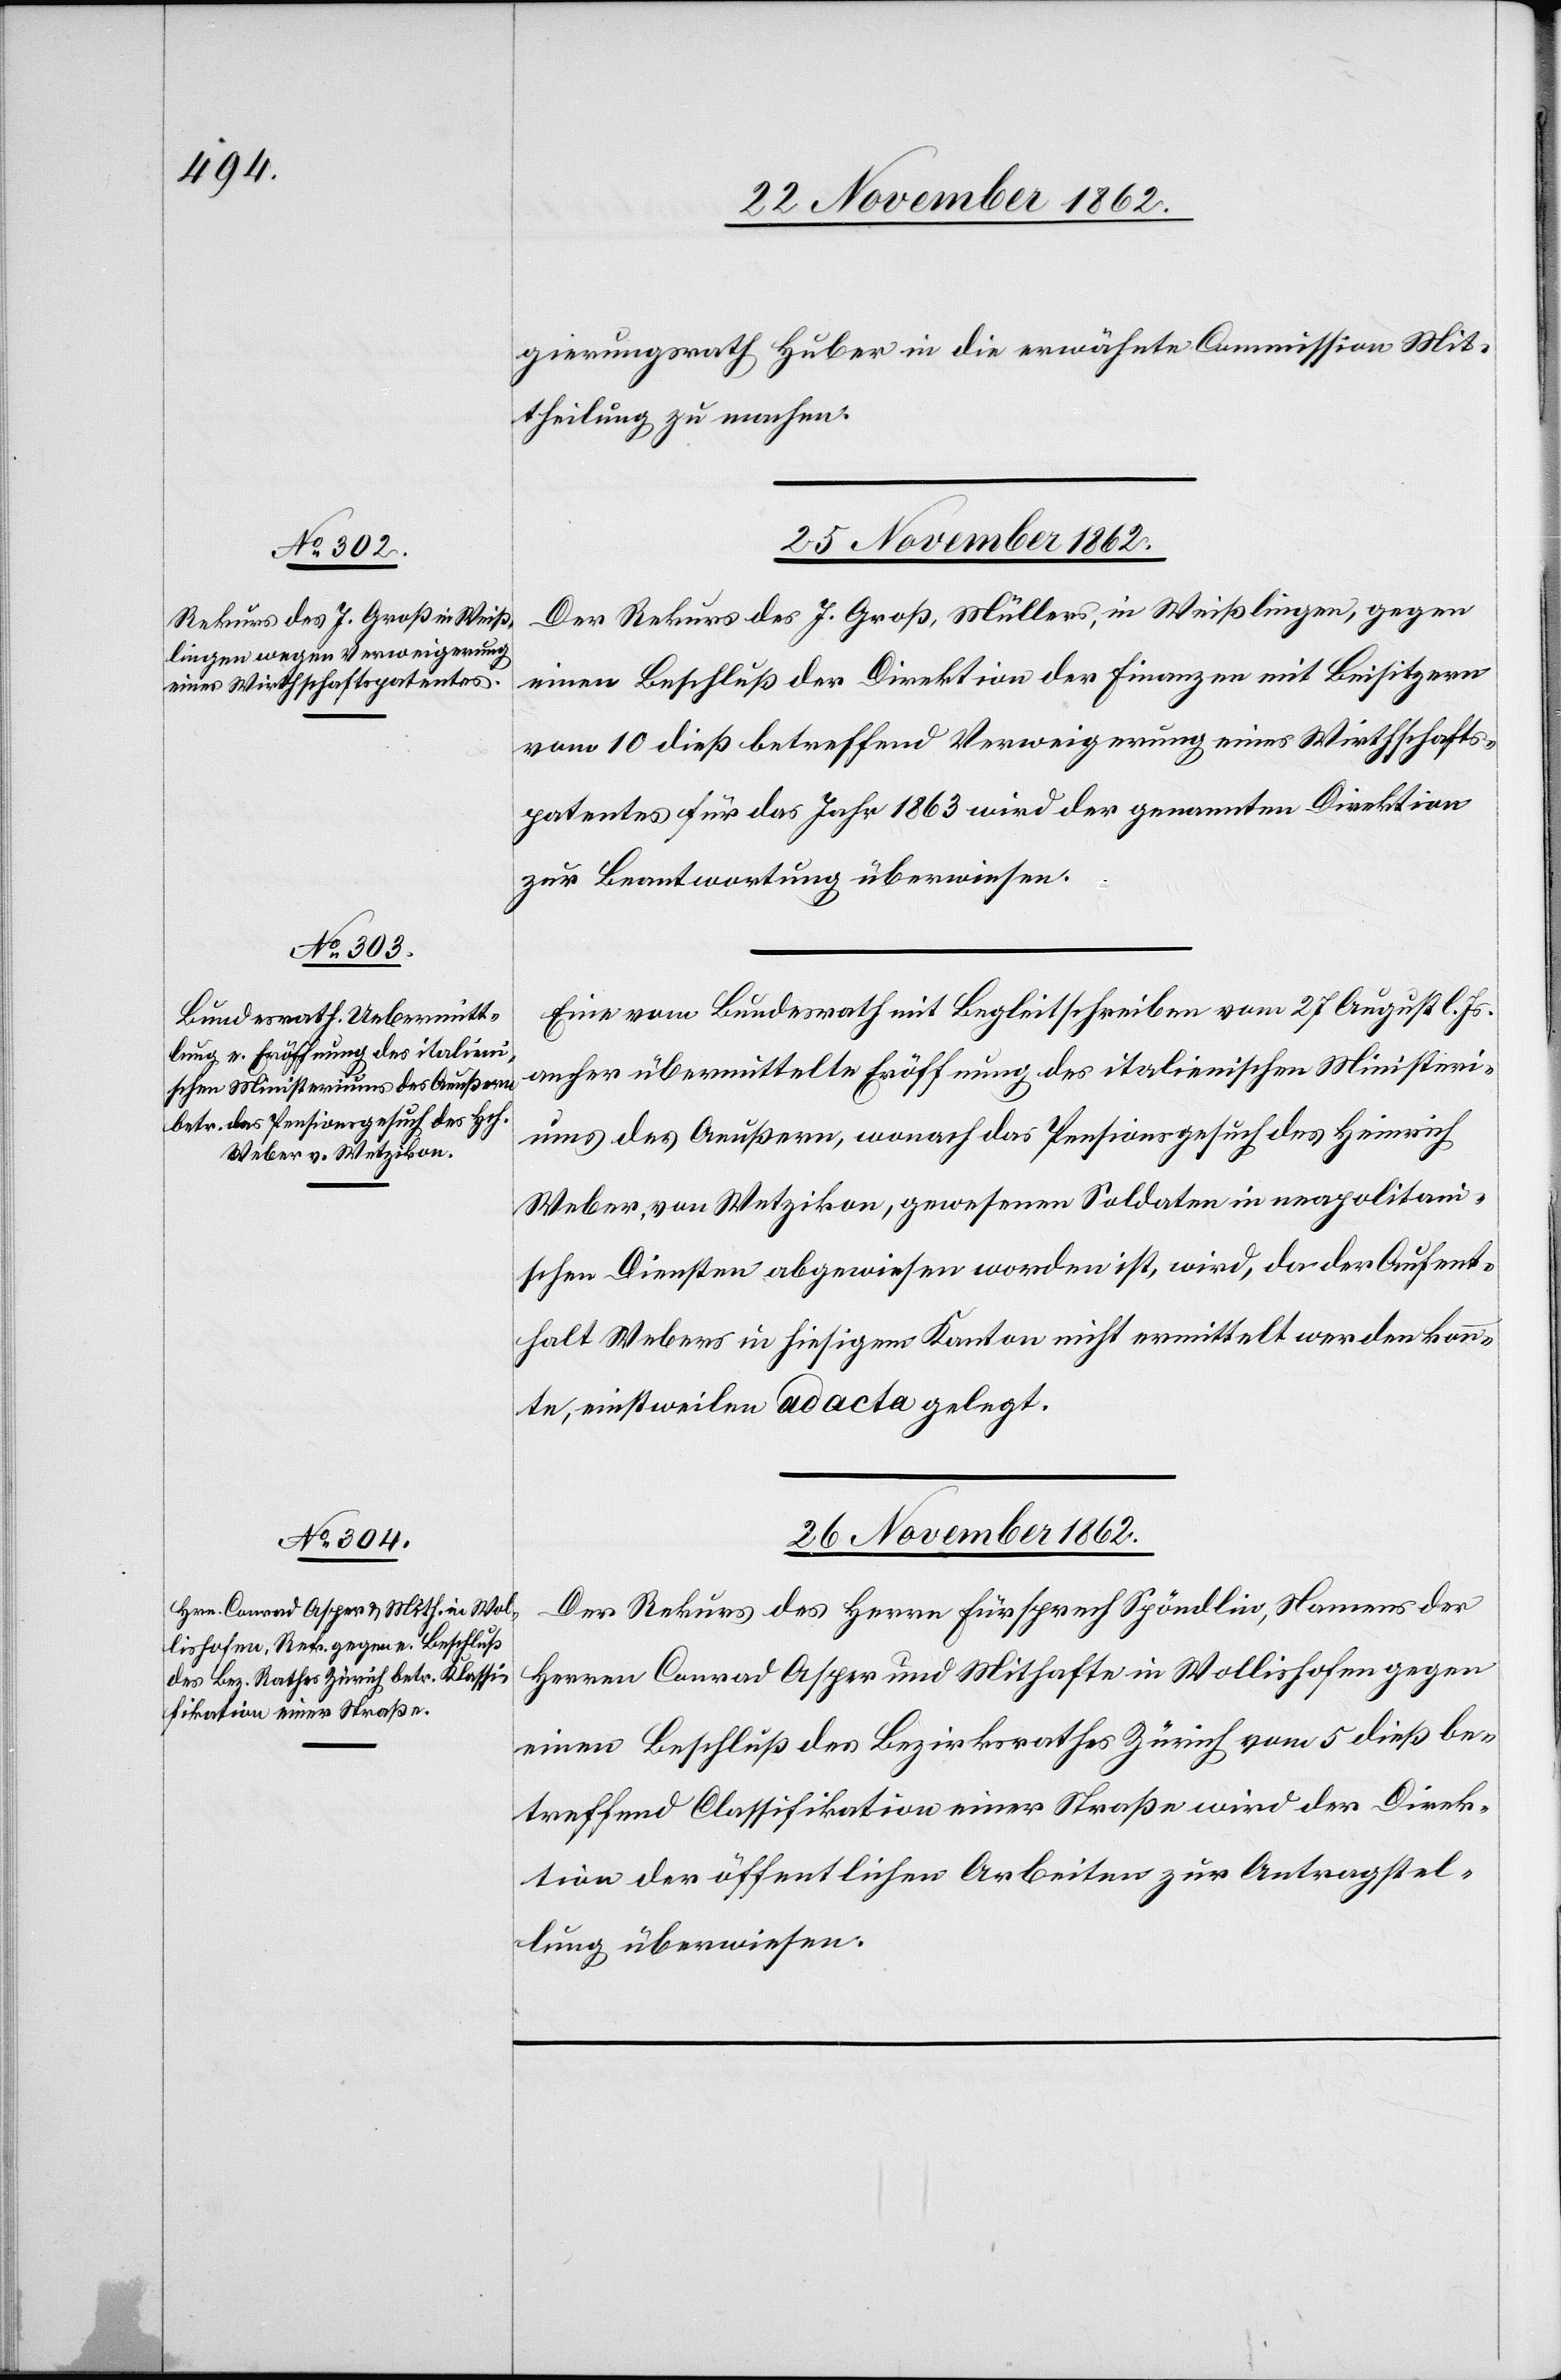
25. November 1862.]
gierungsrath Huber in die erwähnte Commission Mit¬
theilung zu machen.
Der Rekurs des J. Groß, Müllers, in Weißlingen, gegen
einen Beschluß der Direktion der Finanzen mit Beisitzern
vom 10. dieß betreffend Verweigerung eines Wirthschafts¬
patentes für das Jahr 1863 wird der genannten Direktion
zur Beantwortung überwiesen.
Eine vom Bundesrath mit Begleitschreiben vom 27. August l. Js.
anher übermittelte Eröffnung des italienischen Ministeri¬
ums des Aeußern, wonach das Pensionsgesuch des Heinrich
Weber, von Wetzikon, gewesenen Soldaten in neapolitani¬
schen Diensten abgewiesen worden ist, wird, da der Aufent¬
halt Webers in hiesigem Kanton nicht vermittelt werden konn¬
te, einstweilen ad acta gelegt.
26. November 1862.
Der Rekurs des Herrn Fürsprech Spöndlin, Namens der
Herren Conrad Asper und Mithafte in Wollishofen gegen
einen Beschluß des Bezirksrathes Zürich vom 5. dieß be¬
treffend Classifikation einer Straße wird der Direk¬
tion der öffentlichen Arbeiten zur Antragstel¬
lung überwiesen.